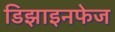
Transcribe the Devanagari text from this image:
डिझाइनफेज